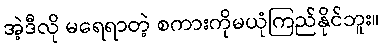
အဲ့ဒီလို မရေရာတဲ့ စကားကိုမယုံကြည်နိုင်ဘူး။